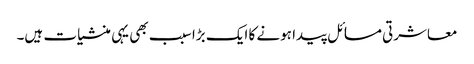
معاشرتی مسائل پیدا ہونے کا ایک بڑا سبب بھی یہی منشیات ہیں۔